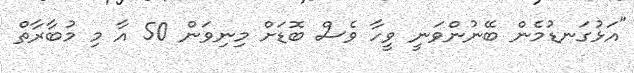
"އަޅުގަނޑުމެން ބޭނުންވަނީ ވީހާ ވެސް ބޮޑަށް މިނިވަން 50 އާ މި މުބާރާތް